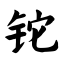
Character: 铊